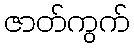
ဇာတ်ကွက်